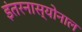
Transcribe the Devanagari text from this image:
इंतरनास्योनाल